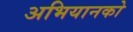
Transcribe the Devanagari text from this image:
अभियानको